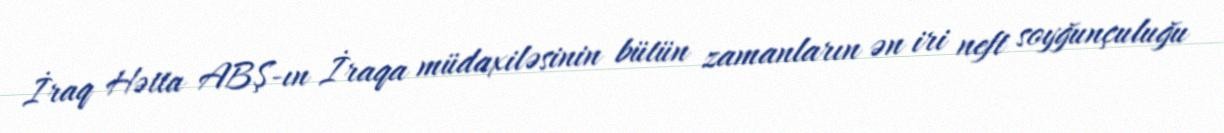
İraq Hətta ABŞ-ın İraqa müdaxiləsinin bütün zamanların ən iri neft soyğunçuluğu